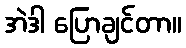
အဲဒါ ပြောချင်တာ။